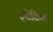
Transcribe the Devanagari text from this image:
इरोटिक